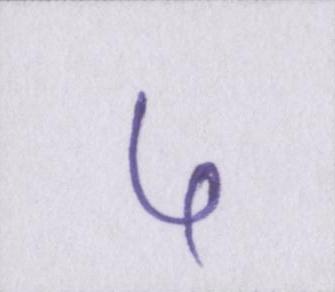
५